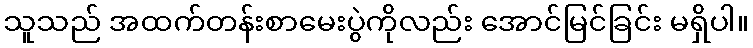
သူသည် အထက်တန်းစာမေးပွဲကိုလည်း အောင်မြင်ခြင်း မရှိပါ။